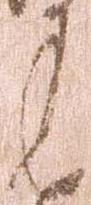
返